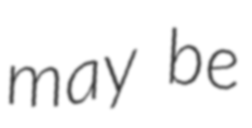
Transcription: may be